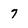
Character: 7